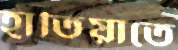
হাতিয়াতে